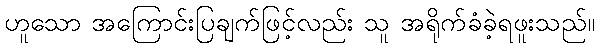
ဟူသော အကြောင်းပြချက်ဖြင့်လည်း သူ အရိုက်ခံခဲ့ရဖူးသည်။